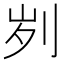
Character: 刿